Sanitation, dispensaries and jails vaccination Rajputana 1922-1927 - 1922-1927
Year: 1922
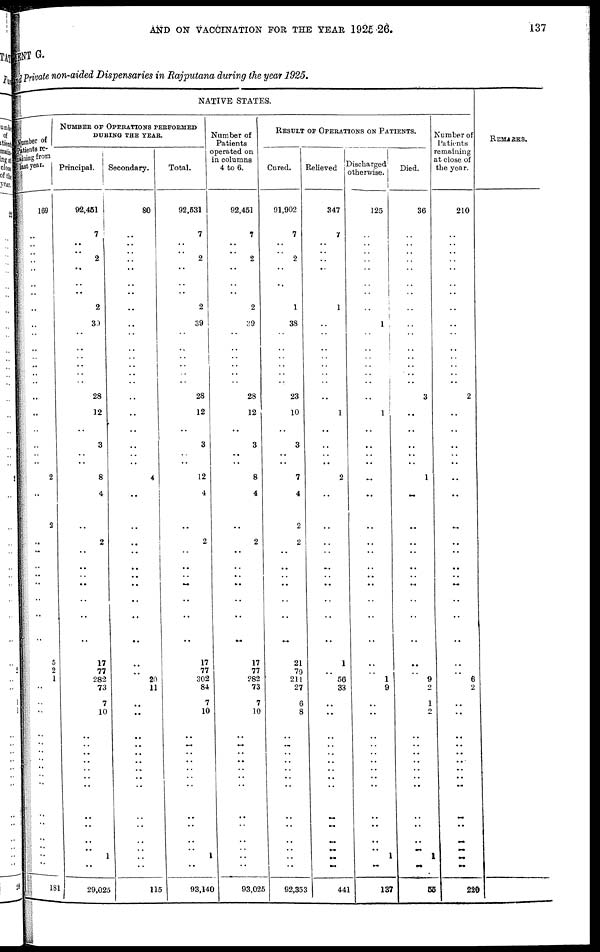
AND ON VACCINATION FOR THE YEAR 1925-26.
137
MENT G.
and Private non-aided Dispensaries in Rajputana during the year 1925.
NATIVE STATES.
Number of
Patients re-
------- from
last year.
169
..
..
..
..
..
..
..
..
..
..
..
..
..
..
..
..
..
..
..
..
..
2
..
2
..
..
..
..
..
..
..
..
5
2
1
..
..
..
..
..
..
.. ..
..
..
..
..
..
..
..
..
181
NUMBER OF OPERATIONS PERFORMED
DURING THE YEAR.
Principal.
92,451
7
..
..
2
..
..
..
2
39
..
..
.. ..
..
..
28
12
..
3
..
..
8
4
..
2
..
..
..
..
..
..
..
17
77
282
73
7
10
..
..
..
..
..
..
..
..
..
..
.. 1
..
29,025
Secondary.
80
..
..
.. ..
..
..
..
..
..
..
..
..
..
..
..
..
..
..
..
..
..
4
..
..
..
..
..
..
..
..
..
..
..
..
20
11
..
..
..
..
..
..
..
..
..
..
..
..
..
..
..
115
Total.
92,531
7
..
.. 2
..
..
..
2
39
..
..
..
..
..
..
28
12
..
3
..
..
12
4
..
2
..
..
..
..
..
..
..
17
77
302
84
7
10
..
..
..
..
..
..
..
..
..
..
..
1
..
93,140
Number of
Patients
operated on
in columns
4 to 6.
92,451
7
..
..
2
..
..
..
2
39
..
..
..
..
..
..
28
12
..
3
..
..
8
4
..
2
..
..
..
..
..
..
..
17
77
282
73
7
10
..
..
..
..
..
..
..
..
..
..
..
..
..
93,025
RESULT OF OPERATIONS ON PATIENTS.
Cured.
91,902
7
..
..
2
..
..
..
1
38
..
..
..
..
..
..
23
10
..
3
..
..
7
4
2
2
..
..
..
..
..
..
..
21
79
211
27
6
8
..
..
..
..
..
..
..
..
..
..
..
..
..
92,353
Relieved
347
7
..
.. ..
..
..
..
1
..
..
..
..
..
..
..
..
1
..
..
..
..
2
..
..
..
..
..
..
..
..
..
..
1
..
56
33
..
..
..
..
..
..
..
..
..
..
..
..
..
..
..
441
Discharged
otherwise.
125
..
..
..
..
..
..
..
..
..
..
..
..
..
..
..
..
1
..
..
..
..
..
..
..
..
..
..
..
..
..
..
..
..
..
1
9
..
..
..
..
..
..
..
..
..
..
..
..
.. 1
..
137
Died.
36
..
..
..
..
..
..
..
..
..
..
..
..
..
..
..
3
..
..
..
..
..
1
..
..
..
..
..
..
..
..
..
..
..
..
9
2
1
2
..
..
..
.. ..
..
..
..
..
..
..
1
..
86
Number of
Patients
remaining
at close of
the year.
210
..
..
..
..
..
..
..
..
..
..
..
..
..
..
..
2
..
..
..
..
..
..
..
..
..
..
..
..
..
..
..
..
..
..
6
2
..
..
..
..
..
..
..
..
..
..
..
..
..
..
..
220
REMARKS.